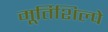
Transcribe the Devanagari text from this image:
मूर्तिशिल्पे